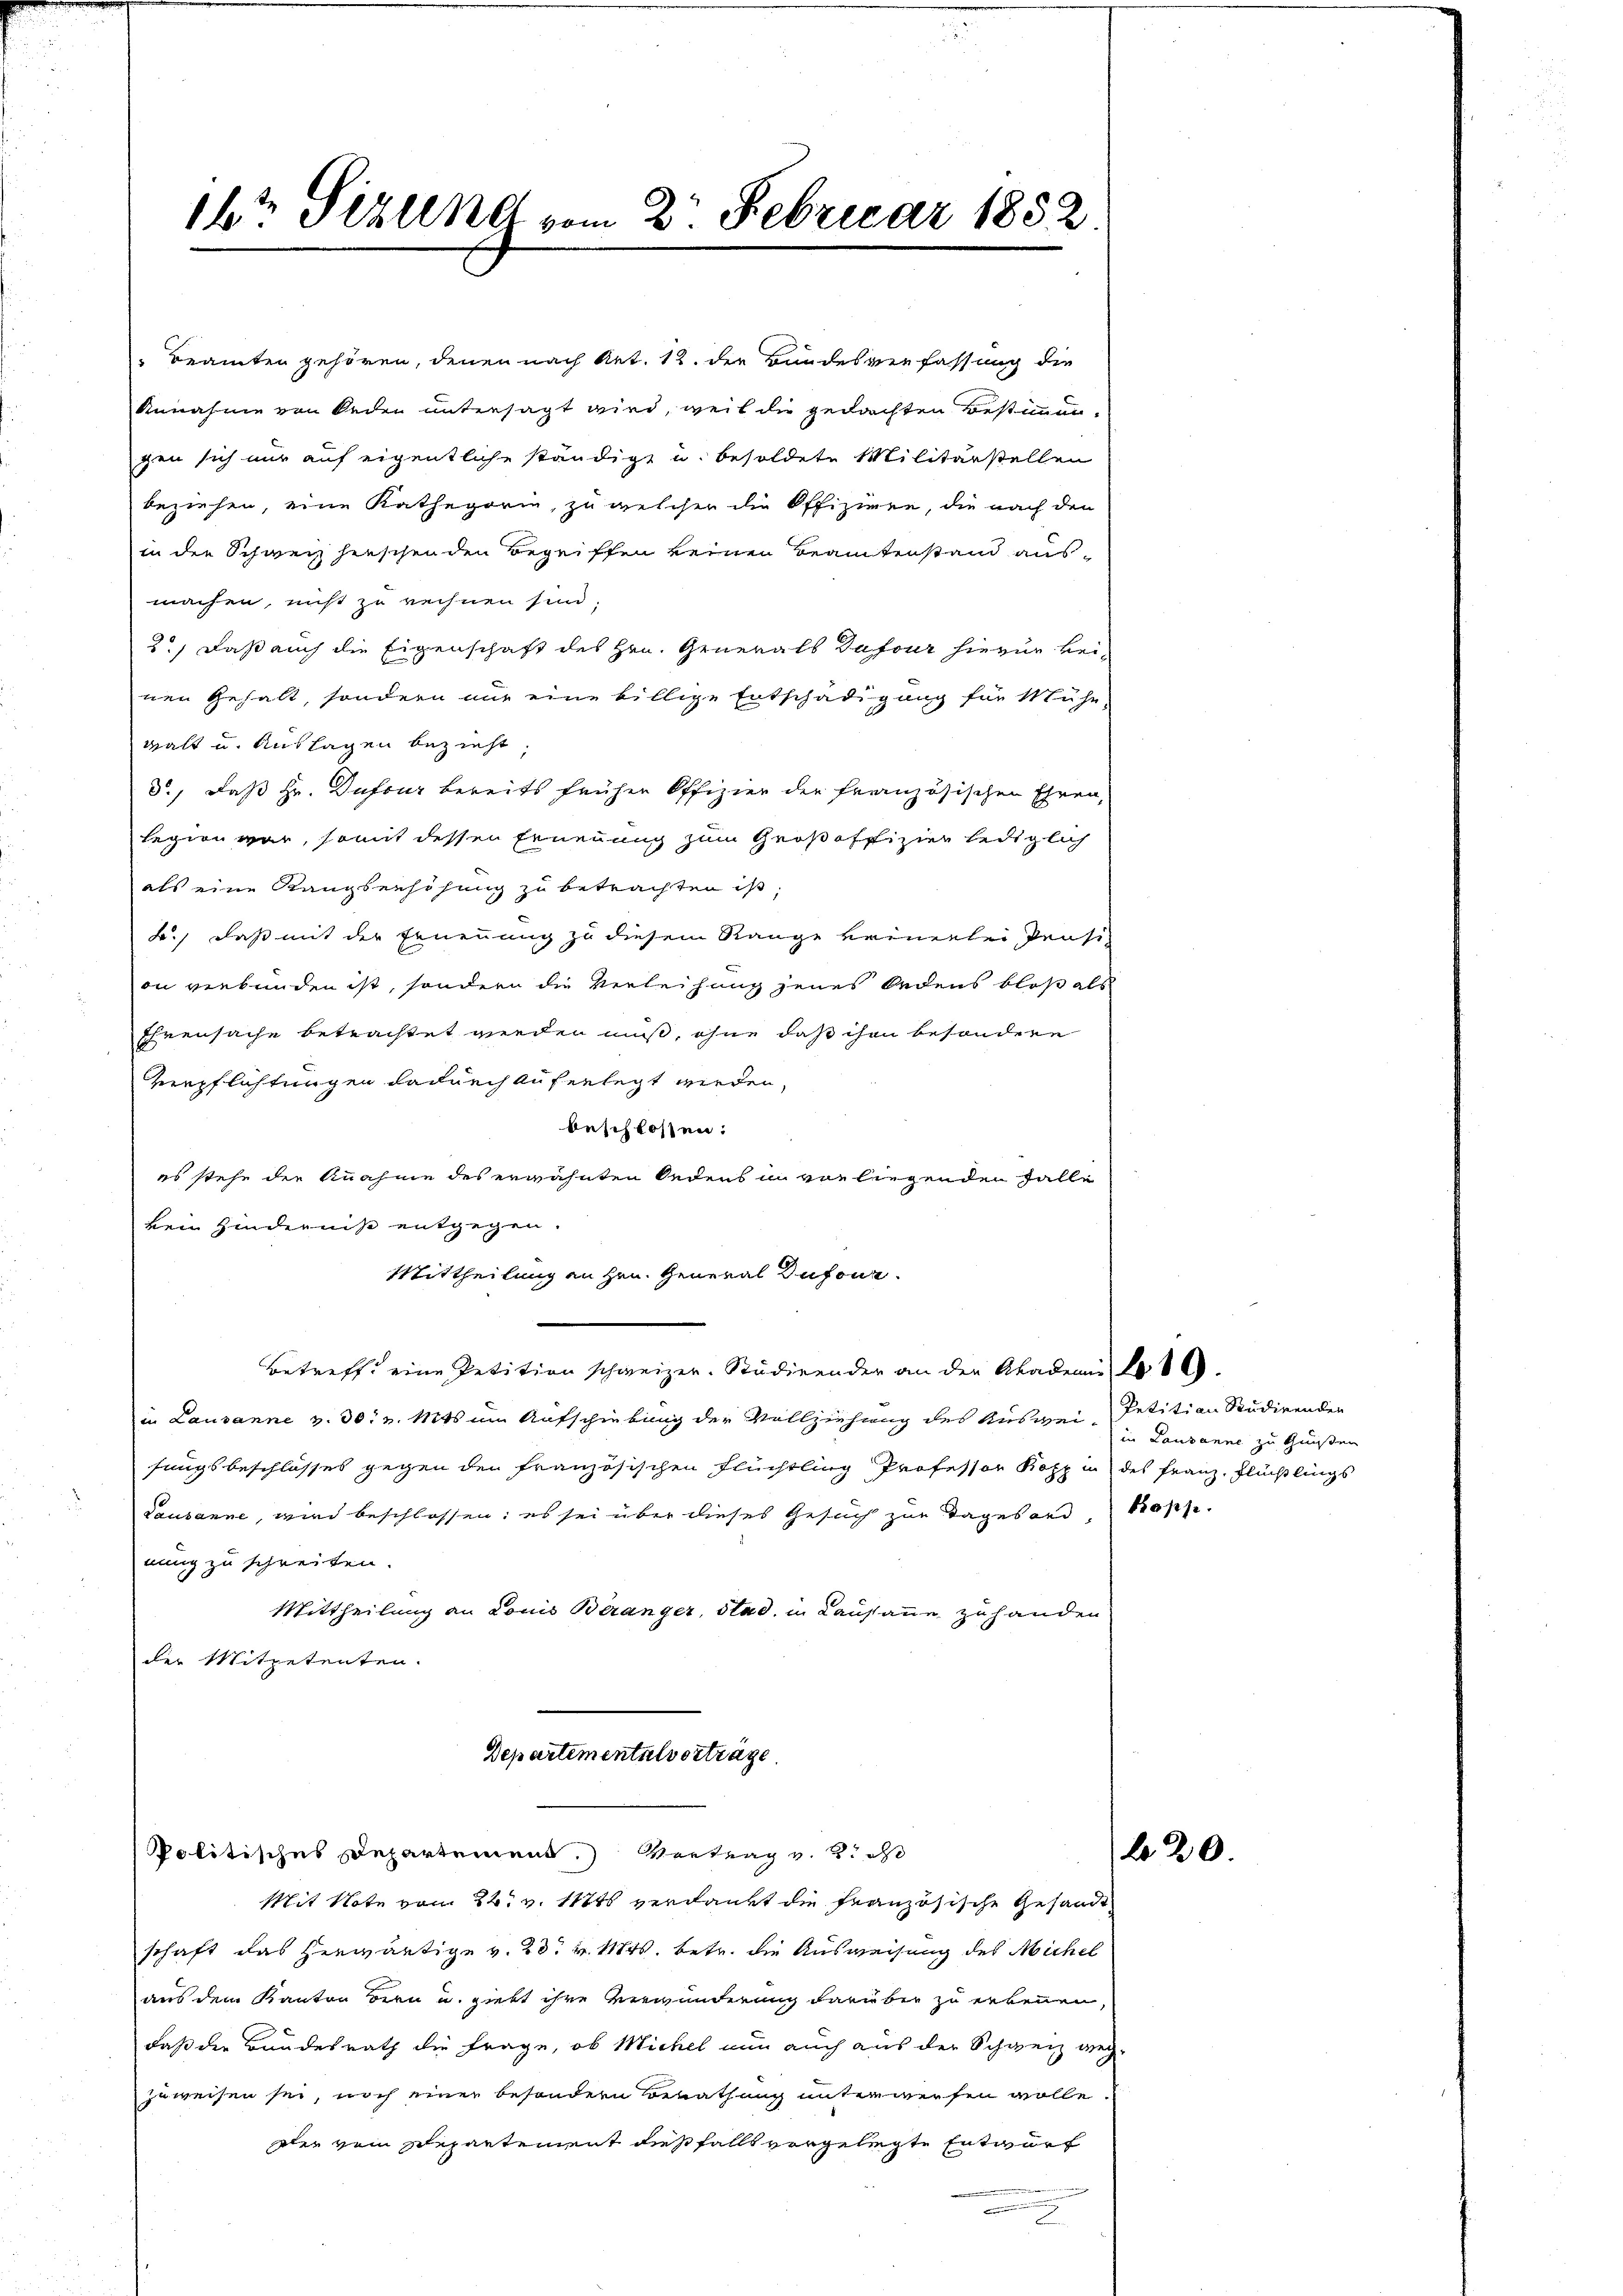
16ten Sizung vom 2. Februar 1852

Beamten gehören, denen nach Art. 12. der Bundesverfassung die
Annahme von Oeden untersagt wird, weil die gedachten Bestimmen-
gen sich nur auf eigentliche ständigt u. besoldete Militärstellen
beziehen, eine Kathegorin, zu welcher die Offiziren, die nach den
in die Schweiz herschenden Begriffen keinen Beamtenstand ausmachen, nicht zu rechnen sind.
2.) Daß auch die Eigenschaft des Hrn. Generals Dufour hiezur bei-
nen Gehalt, sondern nur eine billige Entschädigung für Mühe
Halt und Auflagen bezieht
d., daß Hr. Dufour bereits früher Offizier der französischen Ehren,
legien vor, somit dessen Erneuung zum Großoffizier lediglich
als eine Rangserhöhung zu betrachten ist,
4.) daß mit der Ernennung zu diesem Range keinerlei Pensi
on verbunden ist, sondern die Verleihung jenes Bedens bloß als
Ehrensache betrachtet werden muß, ohne daß ihm besondere
Verpflichtungen dadurch auferlegt werden,
beschloßen:
es stehe die Anahme des erwähnten Oedens in von liegenden Falle
kein Hinderniß entgegen.
Mittheilung an Hrn. General Dufour
Betreff eine Petition schweizer. Studirender an der Akademie 2000.
in Lausanne v. 30. v. Mts. um Aufschiebung der Vollziehung des Ausweifungsbeschlosses gegen den französischen Flüchtling Professor Kopp in des Franz, Flüchtlings
dausanne, wird beschlossen; es sei über dieses Gesuch zur Tagesand, troph.
nung zu schreiten.
Mittheilung an Louis Beranger, Stad in Lausanne zu handen
der Mitpetenten.
Departementalverträge.

Politisches Departement.) Vertrag v. 2. ds

Mit Note vom 22t v. 11846 verdankt die französische Gesandt
schaft das herwärtige v. 23. v. 184. betr. die Ausweisung des Michel
aus dem Kanton Bern u. giebt ihre Verwunderung darüber zu erkennen.
daß der Bundesrath die Frage, ob Michel nun auch aus der Schweiz weg-
zuweisen sei, noch einer besondern Berathung unterwerfen wolle.
dler vom schepartement diesfalls vergelegte Entwurf
.

Petitian Studirenden
in Lausanne zu Gunsten

620.